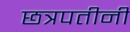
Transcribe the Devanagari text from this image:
छत्रपतीनी